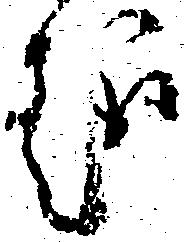
趣